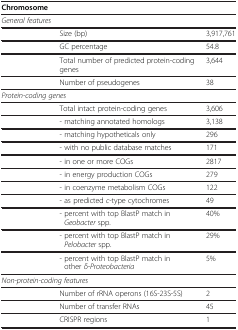
| Chromosome |  |  |
 | --- | --- | --- |
 | <COLSPAN=2> General features |  |
 |  | Size (bp) | 3,917,761 |
 |  | GC percentage | 54.8 |
 |  | Total number of predicted protein-coding genes | 3,644 |
 |  | Number of pseudogenes | 38 |
 | <COLSPAN=2> Protein-coding genes |  |
 |  | Total intact protein-coding genes | 3,606 |
 |  | - matching annotated homologs | 3,138 |
 |  | - matching hypotheticals only | 296 |
 |  | - with no public database matches | 171 |
 |  | - in one or more COGs | 2817 |
 |  | - in energy production COGs | 279 |
 |  | - in coenzyme metabolism COGs | 122 |
 |  | - as predicted c-type cytochromes | 49 |
 |  | - percent with top BlastP match in Geobacter spp. | 40% |
 |  | - percent with top BlastP match in Pelobacter spp. | 29% |
 |  | - percent with top BlastP match in other δ-Proteobacteria | 5% |
 | <COLSPAN=2> Non-protein-coding features |  |
 |  | Number of rRNA operons (16S-23S-5S) | 2 |
 |  | Number of transfer RNAs | 45 |
 |  | CRISPR regions | 1 |